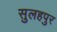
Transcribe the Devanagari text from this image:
सुलहपुर